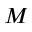
M